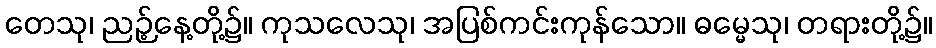
တေသု၊ ညဉ့်နေ့တို့၌။ ကုသလေသု၊ အပြစ်ကင်းကုန်သော။ ဓမ္မေသု၊ တရားတို့၌။